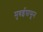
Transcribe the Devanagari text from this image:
मुबईपासून